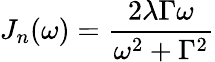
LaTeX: J_{n}(\omega)=\frac{2\lambda\Gamma\omega}{\omega^{2}+\Gamma^{2}}